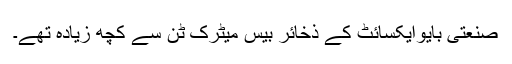
صنعتی بایوایکسائٹ کے ذخائر بیس میٹرک ٹن سے کچھ زیادہ تھے۔